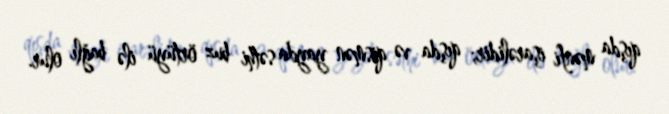
qışda mənfi işarəlidir; qışda və qismən yayda səthi buz örtüyü ilə bağlı olur.